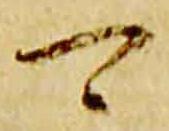
可